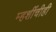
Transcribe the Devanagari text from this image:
म्हशींचीही